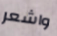
واشعر